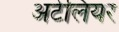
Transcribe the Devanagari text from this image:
अटेलियर